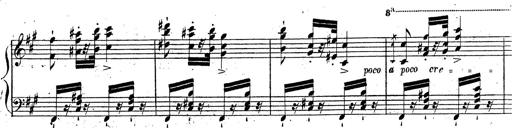
Title: Grande fantaisie sur la tyrolienne de l'opÃ©ra
Composer: Franz Liszt
Key: A major